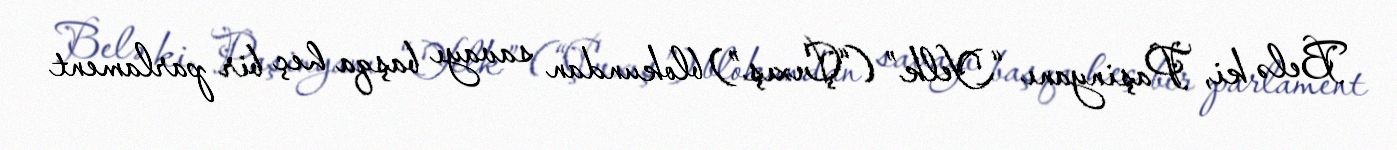
Belə ki, Paşinyanı “Yelk” (“Çıxış”) blokundan savayı başqa heç bir parlament